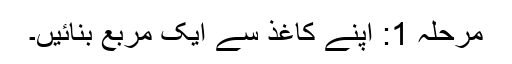
مرحلہ 1: اپنے کاغذ سے ایک مربع بنائیں۔